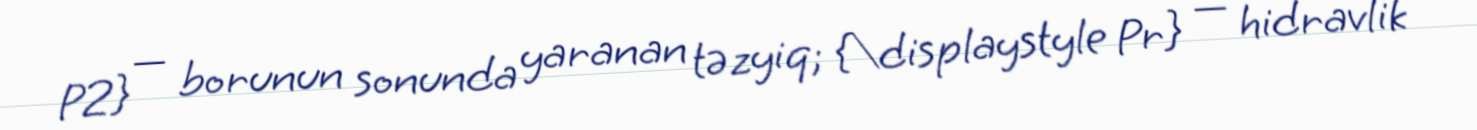
P2} — borunun sonunda yaranan təzyiq; {\displaystyle Pr} — hidravlik